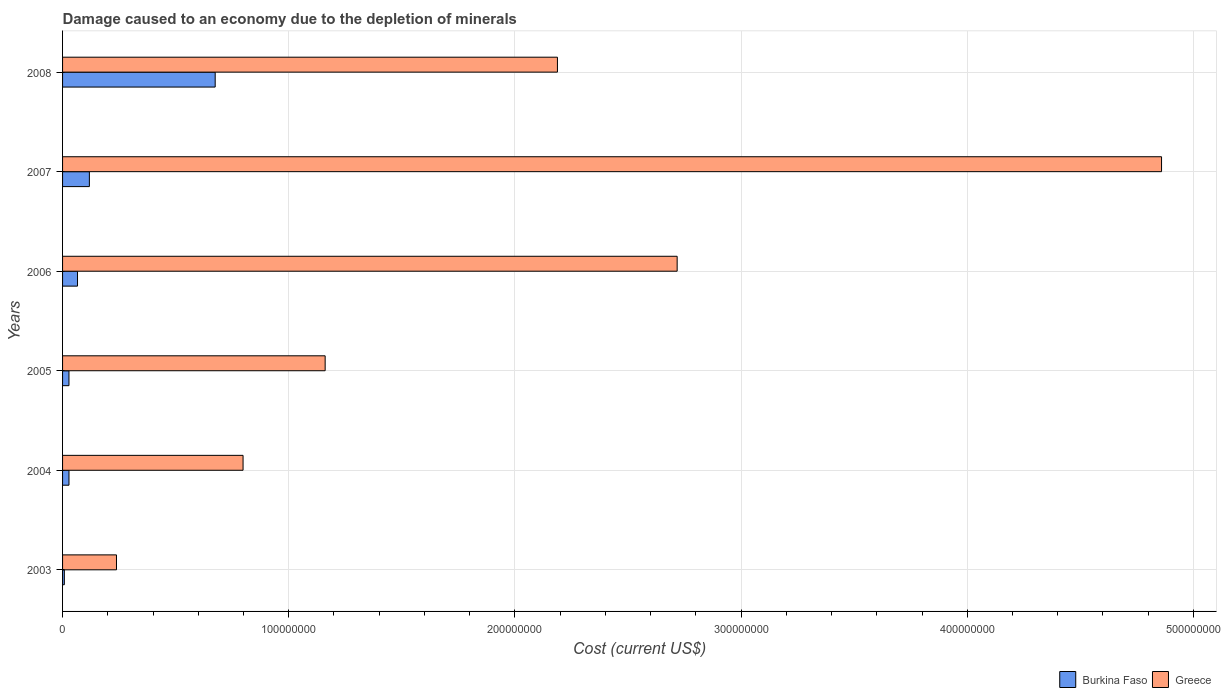
| Years | Burkina Faso | Greece |
 | --- | --- | --- |
 | 2003 | 7.84e+05 | 2.38e+07 |
 | 2004 | 2.83e+06 | 7.98e+07 |
 | 2005 | 2.83e+06 | 1.16e+08 |
 | 2006 | 6.61e+06 | 2.72e+08 |
 | 2007 | 1.19e+07 | 4.86e+08 |
 | 2008 | 6.75e+07 | 2.19e+08 |